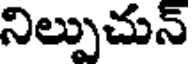
నిల్పుచున్